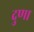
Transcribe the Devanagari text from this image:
दुणा